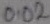
Text: 0.02